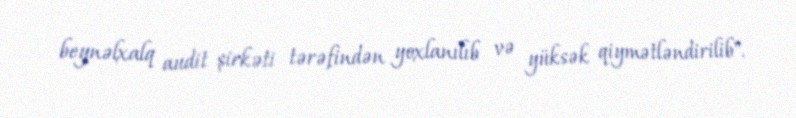
beynəlxalq audit şirkəti tərəfindən yoxlanılıb və yüksək qiymətləndirilib".